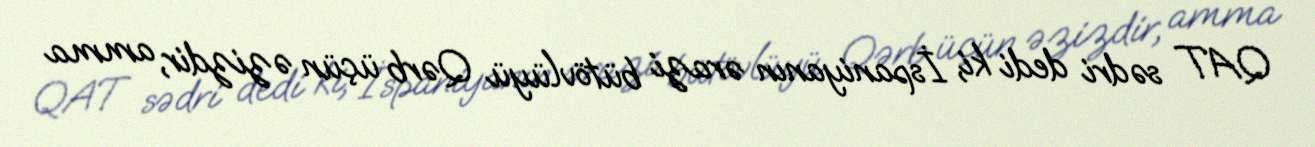
QAT sədri dedi ki, İspaniyanın ərazi bütövlüyü Qərb üçün əzizdir, amma